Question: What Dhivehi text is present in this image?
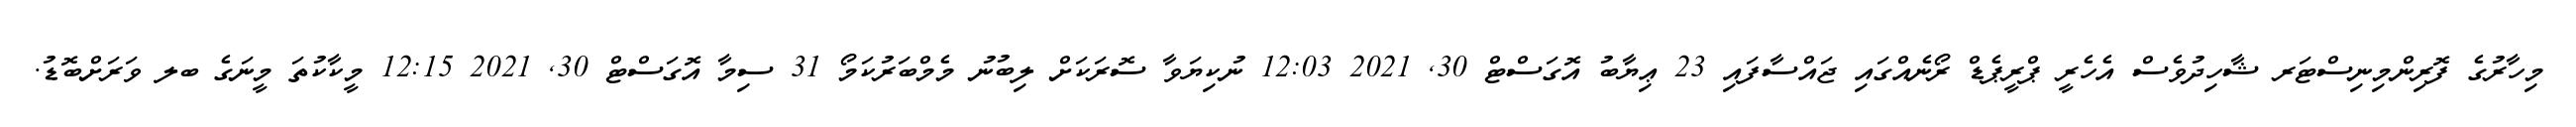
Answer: މިހާރުގެ ފޮރިންމިނިސްޓަރ ޝާހިދުވެސް އެހެރީ ޕްރީޕެޑް ރޯނެއްގައި ޖައްސާފައި 23 ޢިޔާބު އޮގަސްޓް 30, 2021 12:03 ނުކިޔަވާ ސޮރަކަށް ލިބުނު މެމްބަރުކަމޯ 31 ސިމާ އޮގަސްޓް 30, 2021 12:15 މީކާކުތަ މީނަގެ ބލ ވަރަށްބޮޑު.